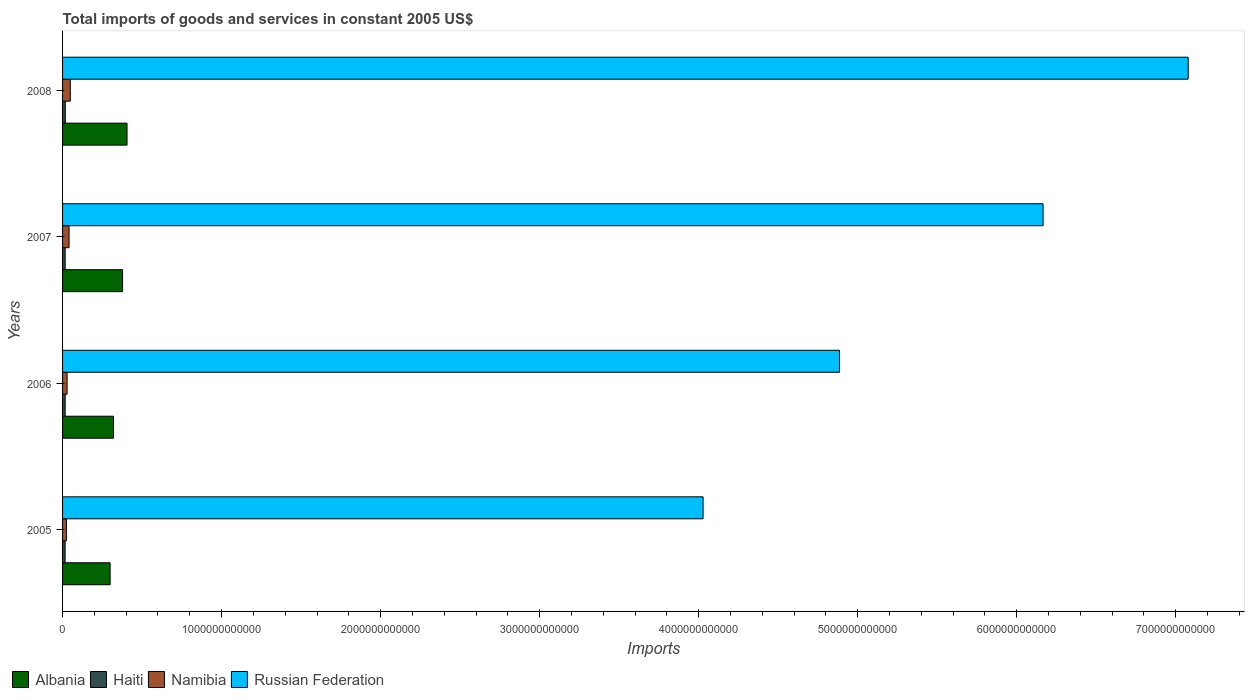
| Years | Albania | Haiti | Namibia | Russian Federation |
 | --- | --- | --- | --- | --- |
 | 2005 | 2.99e+11 | 1.61e+10 | 2.45e+10 | 4.03e+12 |
 | 2006 | 3.2e+11 | 1.64e+10 | 2.85e+10 | 4.89e+12 |
 | 2007 | 3.77e+11 | 1.64e+10 | 4.09e+10 | 6.17e+12 |
 | 2008 | 4.05e+11 | 1.73e+10 | 4.85e+10 | 7.08e+12 |